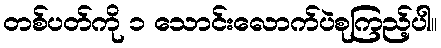
တစ်ပတ်ကို ၁ သောင်းလောက်ပဲစုကြည့်ပါ။